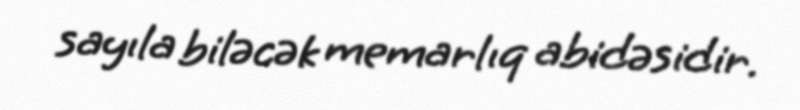
sayıla biləcək memarlıq abidəsidir.